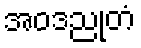
အဝဒညုတံ